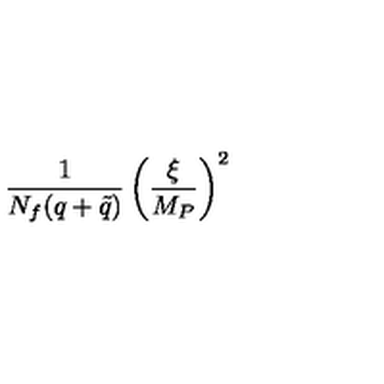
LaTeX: { \frac { 1 } { N _ { f } ( q + \tilde { q } ) } } \left( { \frac { \xi } { M _ { P } } } \right) ^ { 2 }